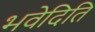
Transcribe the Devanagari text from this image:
भवेदिति